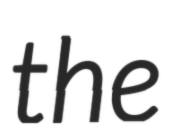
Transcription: the